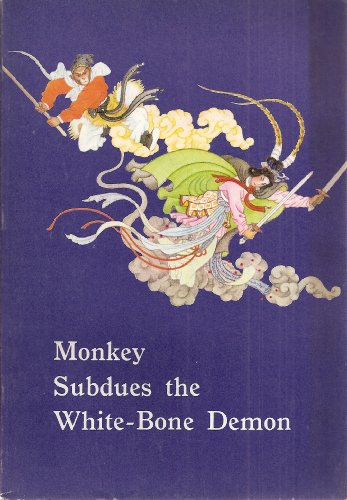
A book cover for Monkey Subdues the White-Bone Demon; Wang Hsing-Pei; Children's Books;